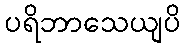
ပရိဘာသေယျပိ